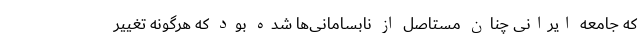
که جامعه ایرانی چنان مستاصل از نابسامانی‌ها شده بود که هرگونه تغییر